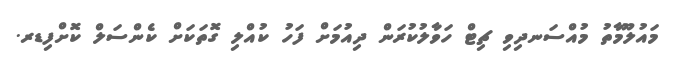
މައުލޫމާތު މުއްސަނދިވި ޗިޓް ހަވާލުކުރަން ދިއުމަށް ފަހު ކުއްލި ގޮތަކަށް ކެންސަލް ކޮށްފިޑރ.